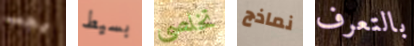
يجب بسيط تخلصي نماذج بالتعرف